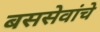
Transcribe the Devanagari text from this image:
बससेवांचे